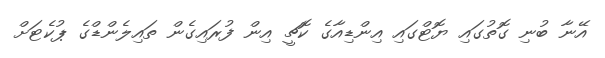
އޭނާ ބުނި ގޮތުގައި ޔޮޓްގައި އިންޑިއާގެ ކޮޗީ އިން ފުރައިގެން ތައިލެންޑްގެ ޕުކެޓަށް